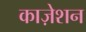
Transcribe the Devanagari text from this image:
काज़ेशन